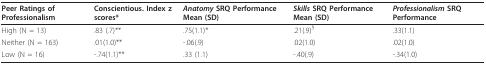
| Peer Ratings of Professionalism | Conscientious. Index z scores* | Anatomy SRQ Performance Mean (SD) | Skills SRQ Performance Mean (SD) | Professionalism SRQ Performance |
 | --- | --- | --- | --- | --- |
 | High (N = 13) | .83 (.7)** | .75(1.1)* | .21(.9)§ | .33(1.1) |
 | Neither (N = 163) | .01(1.0)** | -.06(.9) | .02(1.0) | .02(1.0) |
 | Low (N = 16) | -.74(1.1)** | .33 (1.1) | -.40(.9) | -.34(1.0) |